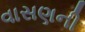
વાસણની